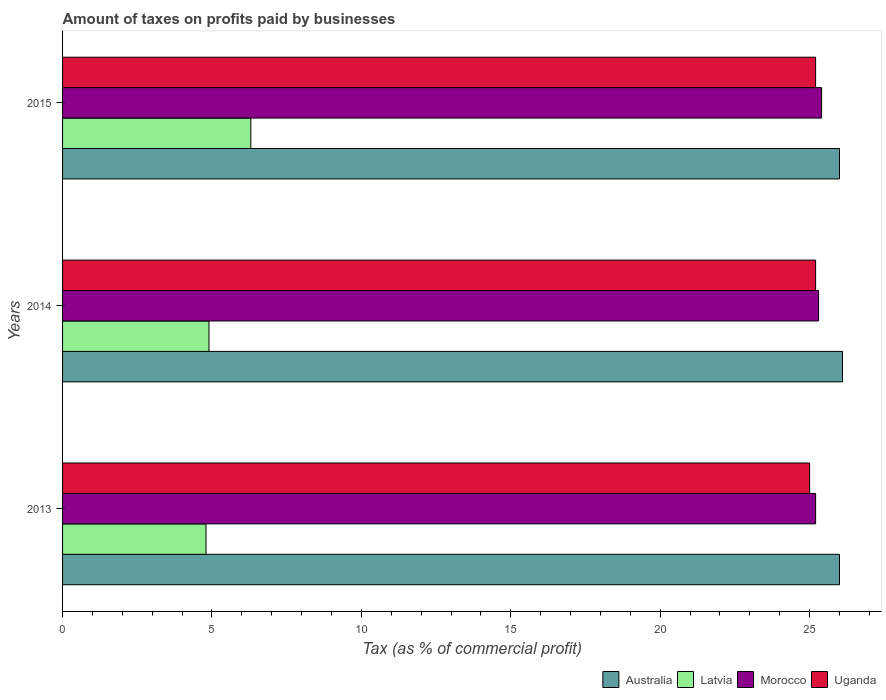
| Years | Australia | Latvia | Morocco | Uganda |
 | --- | --- | --- | --- | --- |
 | 2013 | 26 | 4.8 | 25.2 | 25 |
 | 2014 | 26.1 | 4.9 | 25.3 | 25.2 |
 | 2015 | 26 | 6.3 | 25.4 | 25.2 |